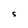
Character: S